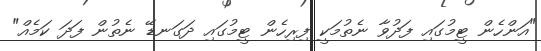
"އަންހެން ޓީމުގައި ފަދުވާ ނެތުމަކީ ފިރިހެން ޓީމުގައި ދަގަނޑޭ ނެތުން ފަދަ ކަމެއް"